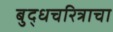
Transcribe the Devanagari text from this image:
बुद्धचरित्राचा